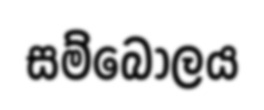
සම්බෝලය